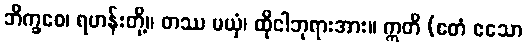
ဘိက္ခဝေ၊ ရဟန်းတို့။ တဿ မယှံ၊ ထိုငါဘုရားအား။ ဣတိ (ဧတံ ဧသော